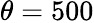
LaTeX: \theta=500